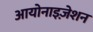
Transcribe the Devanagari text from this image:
आयोनाइज़ेशन